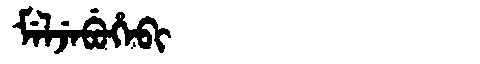
Manchu: ᠮᡝᠯᠵᡝᠪᡠᡥᡝᠪᡳ
Romanization: MELJEBUHEBI